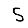
Digit: 5